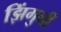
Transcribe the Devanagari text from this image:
झिंगुनी